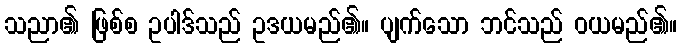
သညာ၏ ဖြစ်စ ဥပါဒ်သည် ဥဒယမည်၏။ ပျက်သော ဘင်သည် ဝယမည်၏။